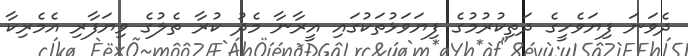
ދެވަނަ ފިޔަވެހީގެ ދަތިކުރުމުގެ ފިޔަވަޅުތަކުގައި އީރާނާ މެދު ކުރާ ތެލުގެ ވިޔަފާރި އެމެރިކާ